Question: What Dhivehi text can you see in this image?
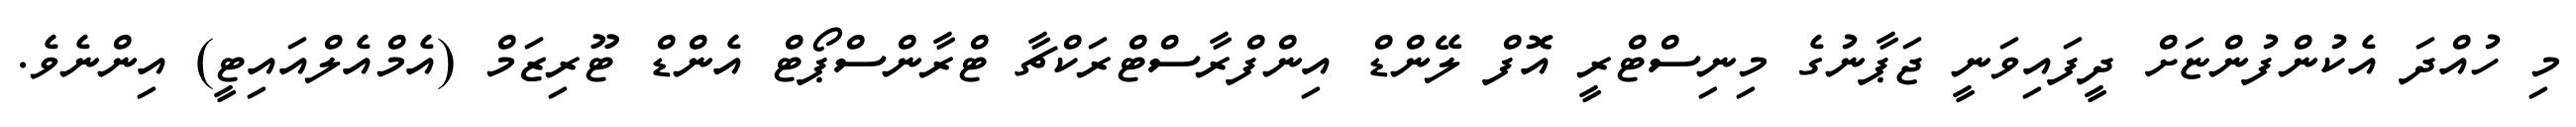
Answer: މި ހުއްދަ އެކުންފުންޏަށް ދީފައިވަނީ ޖަޕާނުގެ މިނިސްޓްރީ އޮފް ލޭންޑް އިންފްރާސްޓްރަކްޗާ ޓްރާންސްޕޯޓް އެންޑް ޓޫރިޒަމް (އެމްއެލްއައިޓީ) އިންނެވެ.